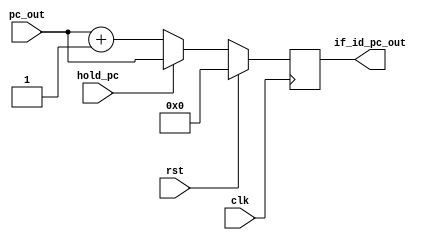
module if_id_reg(
input clk,
input rst,

input hold_pc,
input [31:0] pc_out,
output reg [31:0] if_id_pc_out
);

always @(posedge clk ) begin
    if(!rst) begin
        if(!hold_pc) begin
            if_id_pc_out = pc_out + 1;
        end
        else begin
            if_id_pc_out = pc_out;
        end
    end
    else begin
        if_id_pc_out = 0;
    end
end
endmodule